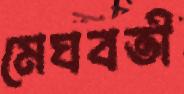
মেঘবতী